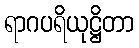
ရာဂပရိယုဋ္ဌိတာ